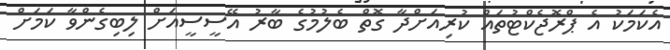
އެކަމަކު އެ ޕްރޮޖެކްޓުތައް ކުރިއަށްދާ ގޮތް ބެލުމުގެ ބާރު އޭސީސީއަށް ލިބިގެންވާ ކަމަށް